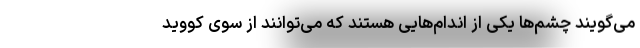
می‌گویند چشم‌ها یکی از اندام‌هایی هستند که می‌توانند از سوی کووید